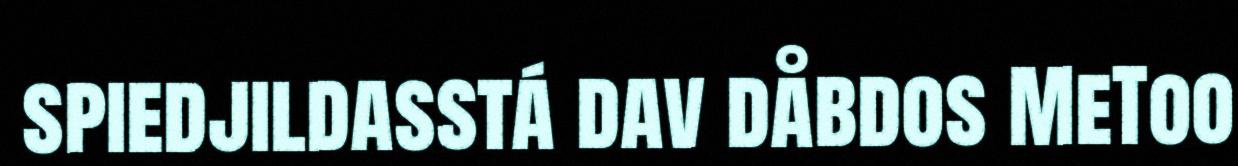
spiedjildasstá dav dåbdos MeToo